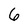
Character: 6